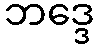
ဘဒ္ဒေ